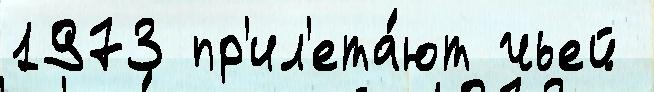
1973 пр'ил'ета́ют чьей